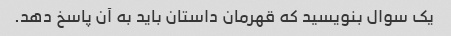
یک سوال بنویسید که قهرمان داستان باید به آن پاسخ دهد.